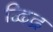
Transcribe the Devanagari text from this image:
द्विद्र